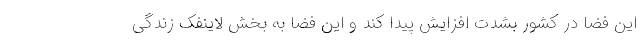
این فضا در کشور بشدت افزایش پیدا کند و این فضا به بخش لاینفک زندگی